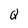
Character: Q